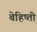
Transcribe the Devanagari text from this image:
बेहिष्ती